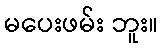
မပေးဖမ်း ဘူး။